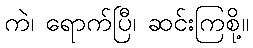
ကဲ၊ ရောက်ပြီ၊ ဆင်းကြစို့။